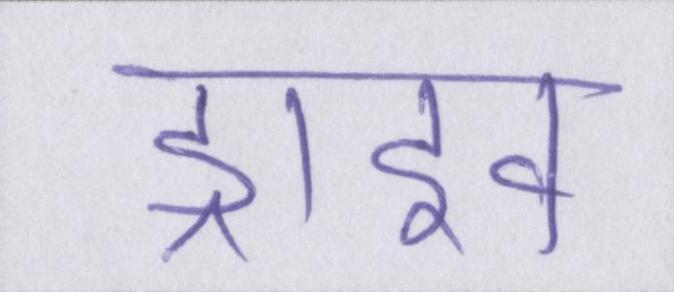
ड्राइव